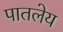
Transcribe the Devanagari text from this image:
पातलेय